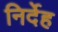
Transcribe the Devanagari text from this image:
निर्देह